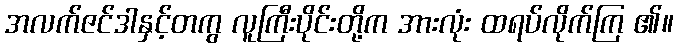
အလက်ဇင်ဒါနှင့်တကွ လူကြီးပိုင်းတို့က အားလုံး ထရပ်လိုက်ကြ ၏။